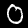
Digit: 0